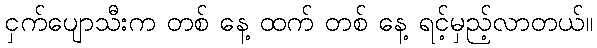
ငှက်ပျောသီးက တစ် နေ့ ထက် တစ် နေ့ ရင့်မှည့်လာတယ်။